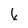
Character: 6